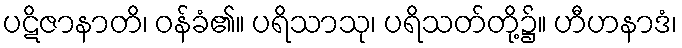
ပဋိဇာနာတိ၊ ဝန်ခံ၏။ ပရိသာသု၊ ပရိသတ်တို့၌။ ဟီဟနာဒံ၊